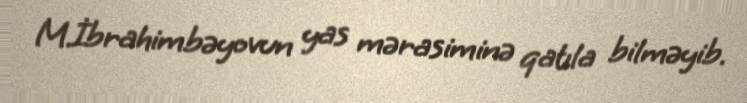
M.İbrahimbəyovun yas mərasiminə qatıla bilməyib.